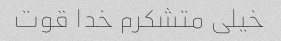
خیلی متشکرم خدا قوت